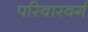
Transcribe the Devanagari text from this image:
परिवारवर्ग